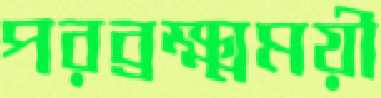
পরব্রক্ষ্মময়ী